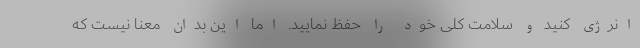
انرژی کنید و سلامت کلی خود را حفظ نمایید. اما این بدان معنا نیست که